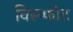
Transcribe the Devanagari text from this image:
विस्प्फोट